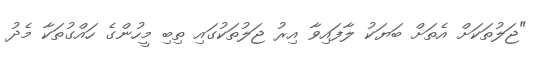
"ޖަލުތަކަށް އެތަށް ބަޔަކު ލާފައިވާ އިރު ޖަލުތަކުގައި ތިބި މީހުންގެ ހައްގުތަކާ މެދު